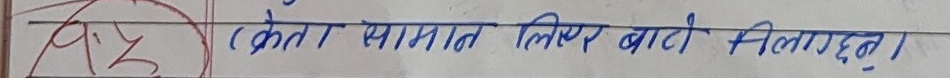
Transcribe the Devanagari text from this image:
(केता सामान लिएर बाटो मिलाग्छन्)